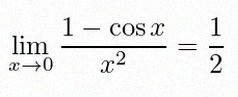
\lim_{x\to0}\frac{1-\cos x}{x^2}=\frac12